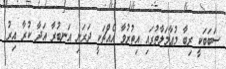
ސަބަބަކީ ރިބާ މުޢާމަލާތުގައި އިތުރުވާ އެއްޗަކީ ދަރަނި އަނބުރާ އަދާ ކުރާ އިރު